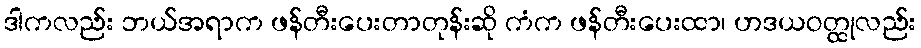
ဒါကလည်း ဘယ်အရာက ဖန်တီးပေးတာတုန်းဆို ကံက ဖန်တီးပေးထာ၊ ဟဒယဝတ္ထုလည်း